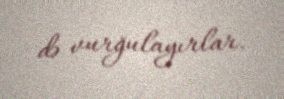
də vurğulayırlar.